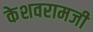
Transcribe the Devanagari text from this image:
केशवरामजी